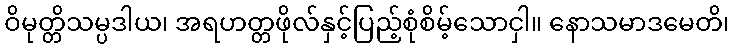
ဝိမုတ္တိသမ္ပဒါယ၊ အရဟတ္တဖိုလ်နှင့်ပြည့်စုံစိမ့်သောငှါ။ နောသမာဒမေတိ၊